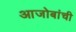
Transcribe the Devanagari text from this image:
आजोबांची